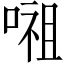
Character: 𭉷